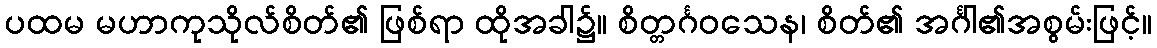
ပထမ မဟာကုသိုလ်စိတ်၏ ဖြစ်ရာ ထိုအခါ၌။ စိတ္တင်္ဂဝသေန၊ စိတ်၏ အင်္ဂါ၏အစွမ်းဖြင့်။